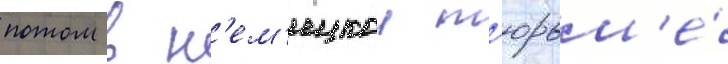
потом в н'ем'ецкои т'юрьм'е́